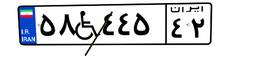
۵۸W۴۴۵۴۲